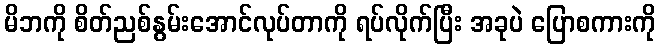
မိဘကို စိတ်ညစ်နွမ်းအောင်လုပ်တာကို ရပ်လိုက်ပြီး အခုပဲ ပြောစကားကို